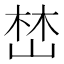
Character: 𡹚